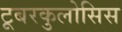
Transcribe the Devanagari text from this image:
टूबरकुलोसिस